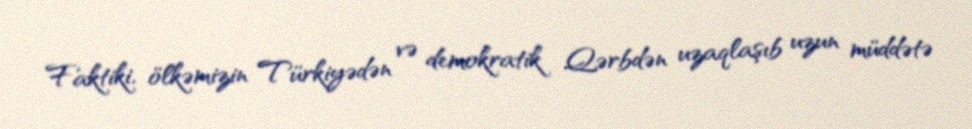
Faktiki, ölkəmizin Türkiyədən və demokratik Qərbdən uzaqlaşıb uzun müddətə